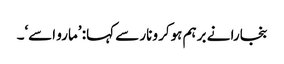
بنجارا نے برہم ہوکر ونار سے کہا: ’مارو اسے‘۔